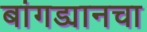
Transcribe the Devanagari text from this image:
बांगड्यानचा